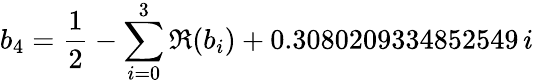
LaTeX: b_{4}=\frac{1}{2}-\sum_{i=0}^{3}\Re(b_{i})+0.3080209334852549\, i